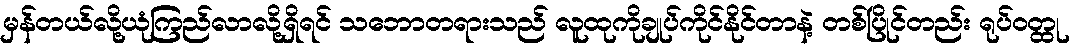
မှန်တယ်လို့ယုံကြည်လာလို့ရှိရင် သဘောတရားသည် လူထုကိုချုပ်ကိုင်နိုင်တာနဲ့ တစ်ပြိုင်တည်း ရုပ်ဝတ္ထု